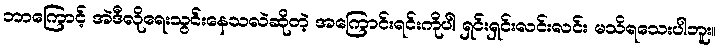
ဘာကြောင့် အဲဒီလိုရေးသွင်းနေသလဲဆိုတဲ့ အကြောင်းရင်းကိုပါ ရှင်းရှင်းလင်းလင်း မသိရသေးပါဘူး။